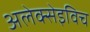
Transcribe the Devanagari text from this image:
अलेक्सेइविच